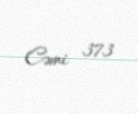
Cəmi 373